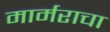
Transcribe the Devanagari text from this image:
मार्मराचा